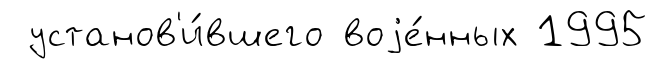
установ'и́вшего воjе́нных 1995